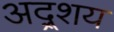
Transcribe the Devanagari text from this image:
अद्र्शय